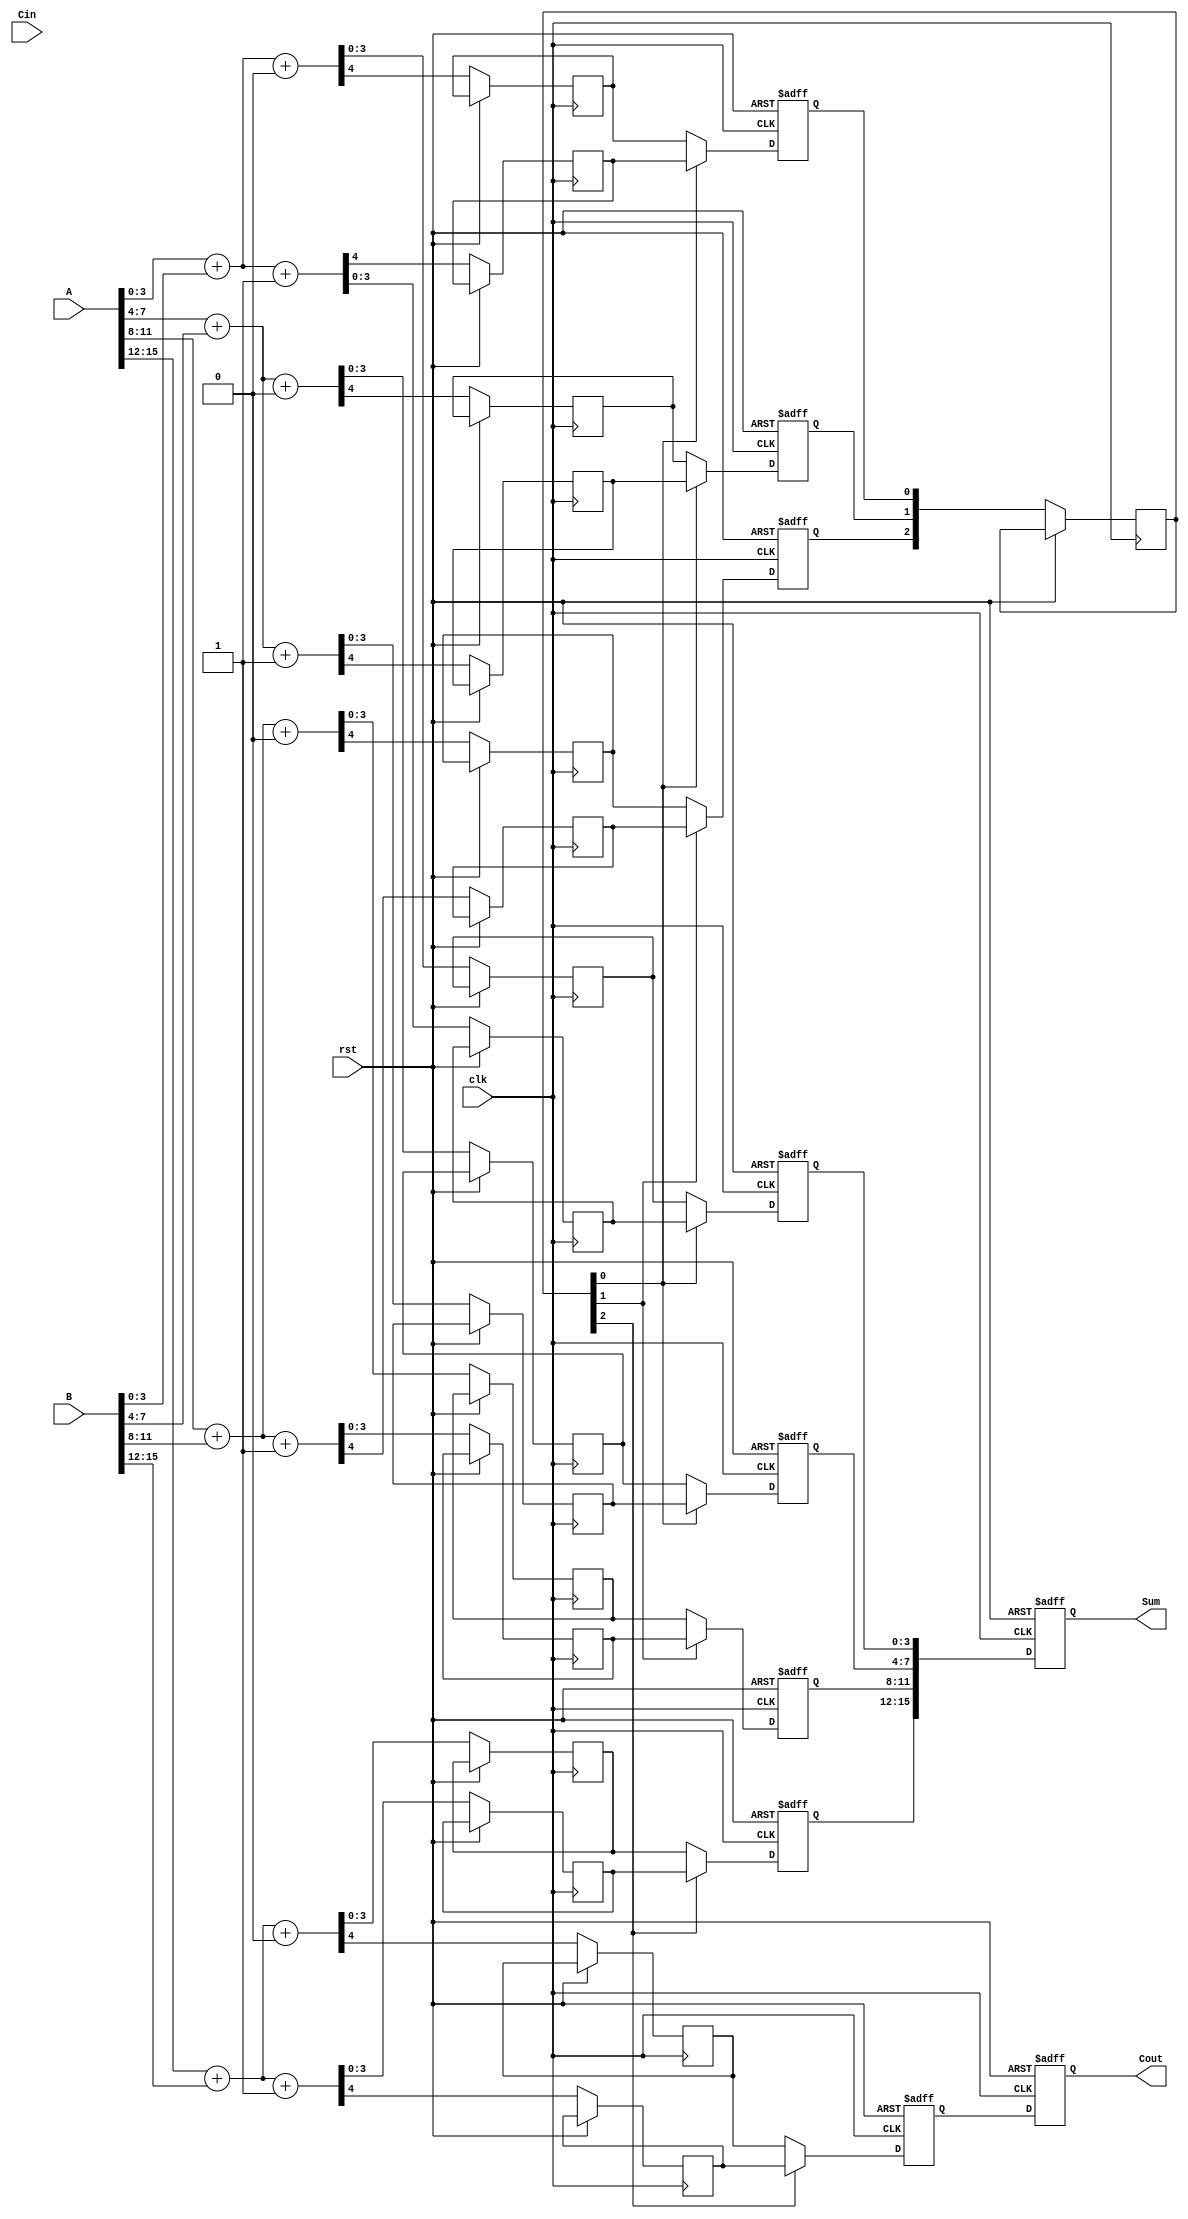
module PipelinedCarrySelectAdder #(parameter N = 16, // Total bits
                                   parameter M = 4)  // Bits per stage
(
    input wire [N-1:0] A,      // First operand
    input wire [N-1:0] B,      // Second operand
    input wire Cin,             // Carry-in for the first stage
    input wire clk,             // Clock signal
    input wire rst,             // Reset signal
    output reg [N-1:0] Sum,     // Sum output
    output reg Cout             // Carry-out
);

    // Number of stages
    localparam STAGES = N / M;

    // Intermediate signals
    reg [M-1:0] Sum0 [0:STAGES-1]; // Sums when carry-in is 0
    reg [M-1:0] Sum1 [0:STAGES-1]; // Sums when carry-in is 1
    reg Cout0 [0:STAGES-1];        // Carry-outs when carry-in is 0
    reg Cout1 [0:STAGES-1];        // Carry-outs when carry-in is 1
    reg [M-1:0] SumReg [0:STAGES-1]; // Registered sums
    reg CoutReg [0:STAGES-1];      // Registered carry-outs
    reg [STAGES-1:0] carry_in;     // Carry in for each stage

    // Stage computation
    integer i;
    always @(posedge clk or posedge rst) begin
        if (rst) begin
            // Reset all outputs
            Sum <= 0;
            Cout <= 0;
            for (i = 0; i < STAGES; i = i + 1) begin
                SumReg[i] <= 0;
                CoutReg[i] <= 0;
            end
        end else begin
            // Stage 0
            {Cout0[0], Sum0[0]} <= A[M-1:0] + B[M-1:0] + 0; // Carry-in 0
            {Cout1[0], Sum1[0]} <= A[M-1:0] + B[M-1:0] + 1; // Carry-in 1

            // Stage 1 to STAGES-1
            for (i = 1; i < STAGES; i = i + 1) begin
                carry_in[i-1] <= CoutReg[i-1]; // Carry from previous stage
                {Cout0[i], Sum0[i]} <= {A[(i+1)*M-1:i*M]} + {B[(i+1)*M-1:i*M]} + 0; // Carry-in 0
                {Cout1[i], Sum1[i]} <= {A[(i+1)*M-1:i*M]} + {B[(i+1)*M-1:i*M]} + 1; // Carry-in 1
            end

            // Carry selection and register results
            for (i = 0; i < STAGES; i = i + 1) begin
                if (i == 0) begin
                    SumReg[i] <= carry_in[0] ? Sum1[i] : Sum0[i];
                    CoutReg[i] <= carry_in[0] ? Cout1[i] : Cout0[i];
                end else begin
                    SumReg[i] <= carry_in[i-1] ? Sum1[i] : Sum0[i];
                    CoutReg[i] <= carry_in[i-1] ? Cout1[i] : Cout0[i];
                end
            end

            // Final output
            Sum <= {SumReg[STAGES-1], SumReg[STAGES-2], SumReg[STAGES-3], SumReg[STAGES-4]};
            Cout <= CoutReg[STAGES-1];
        end
    end

endmodule